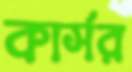
কার্সর